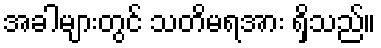
အခါများတွင် သတိမရအား ရှိသည်။